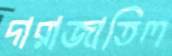
দারাজাতিল